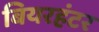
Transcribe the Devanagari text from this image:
बियरहंटर